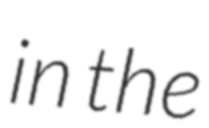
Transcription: in the